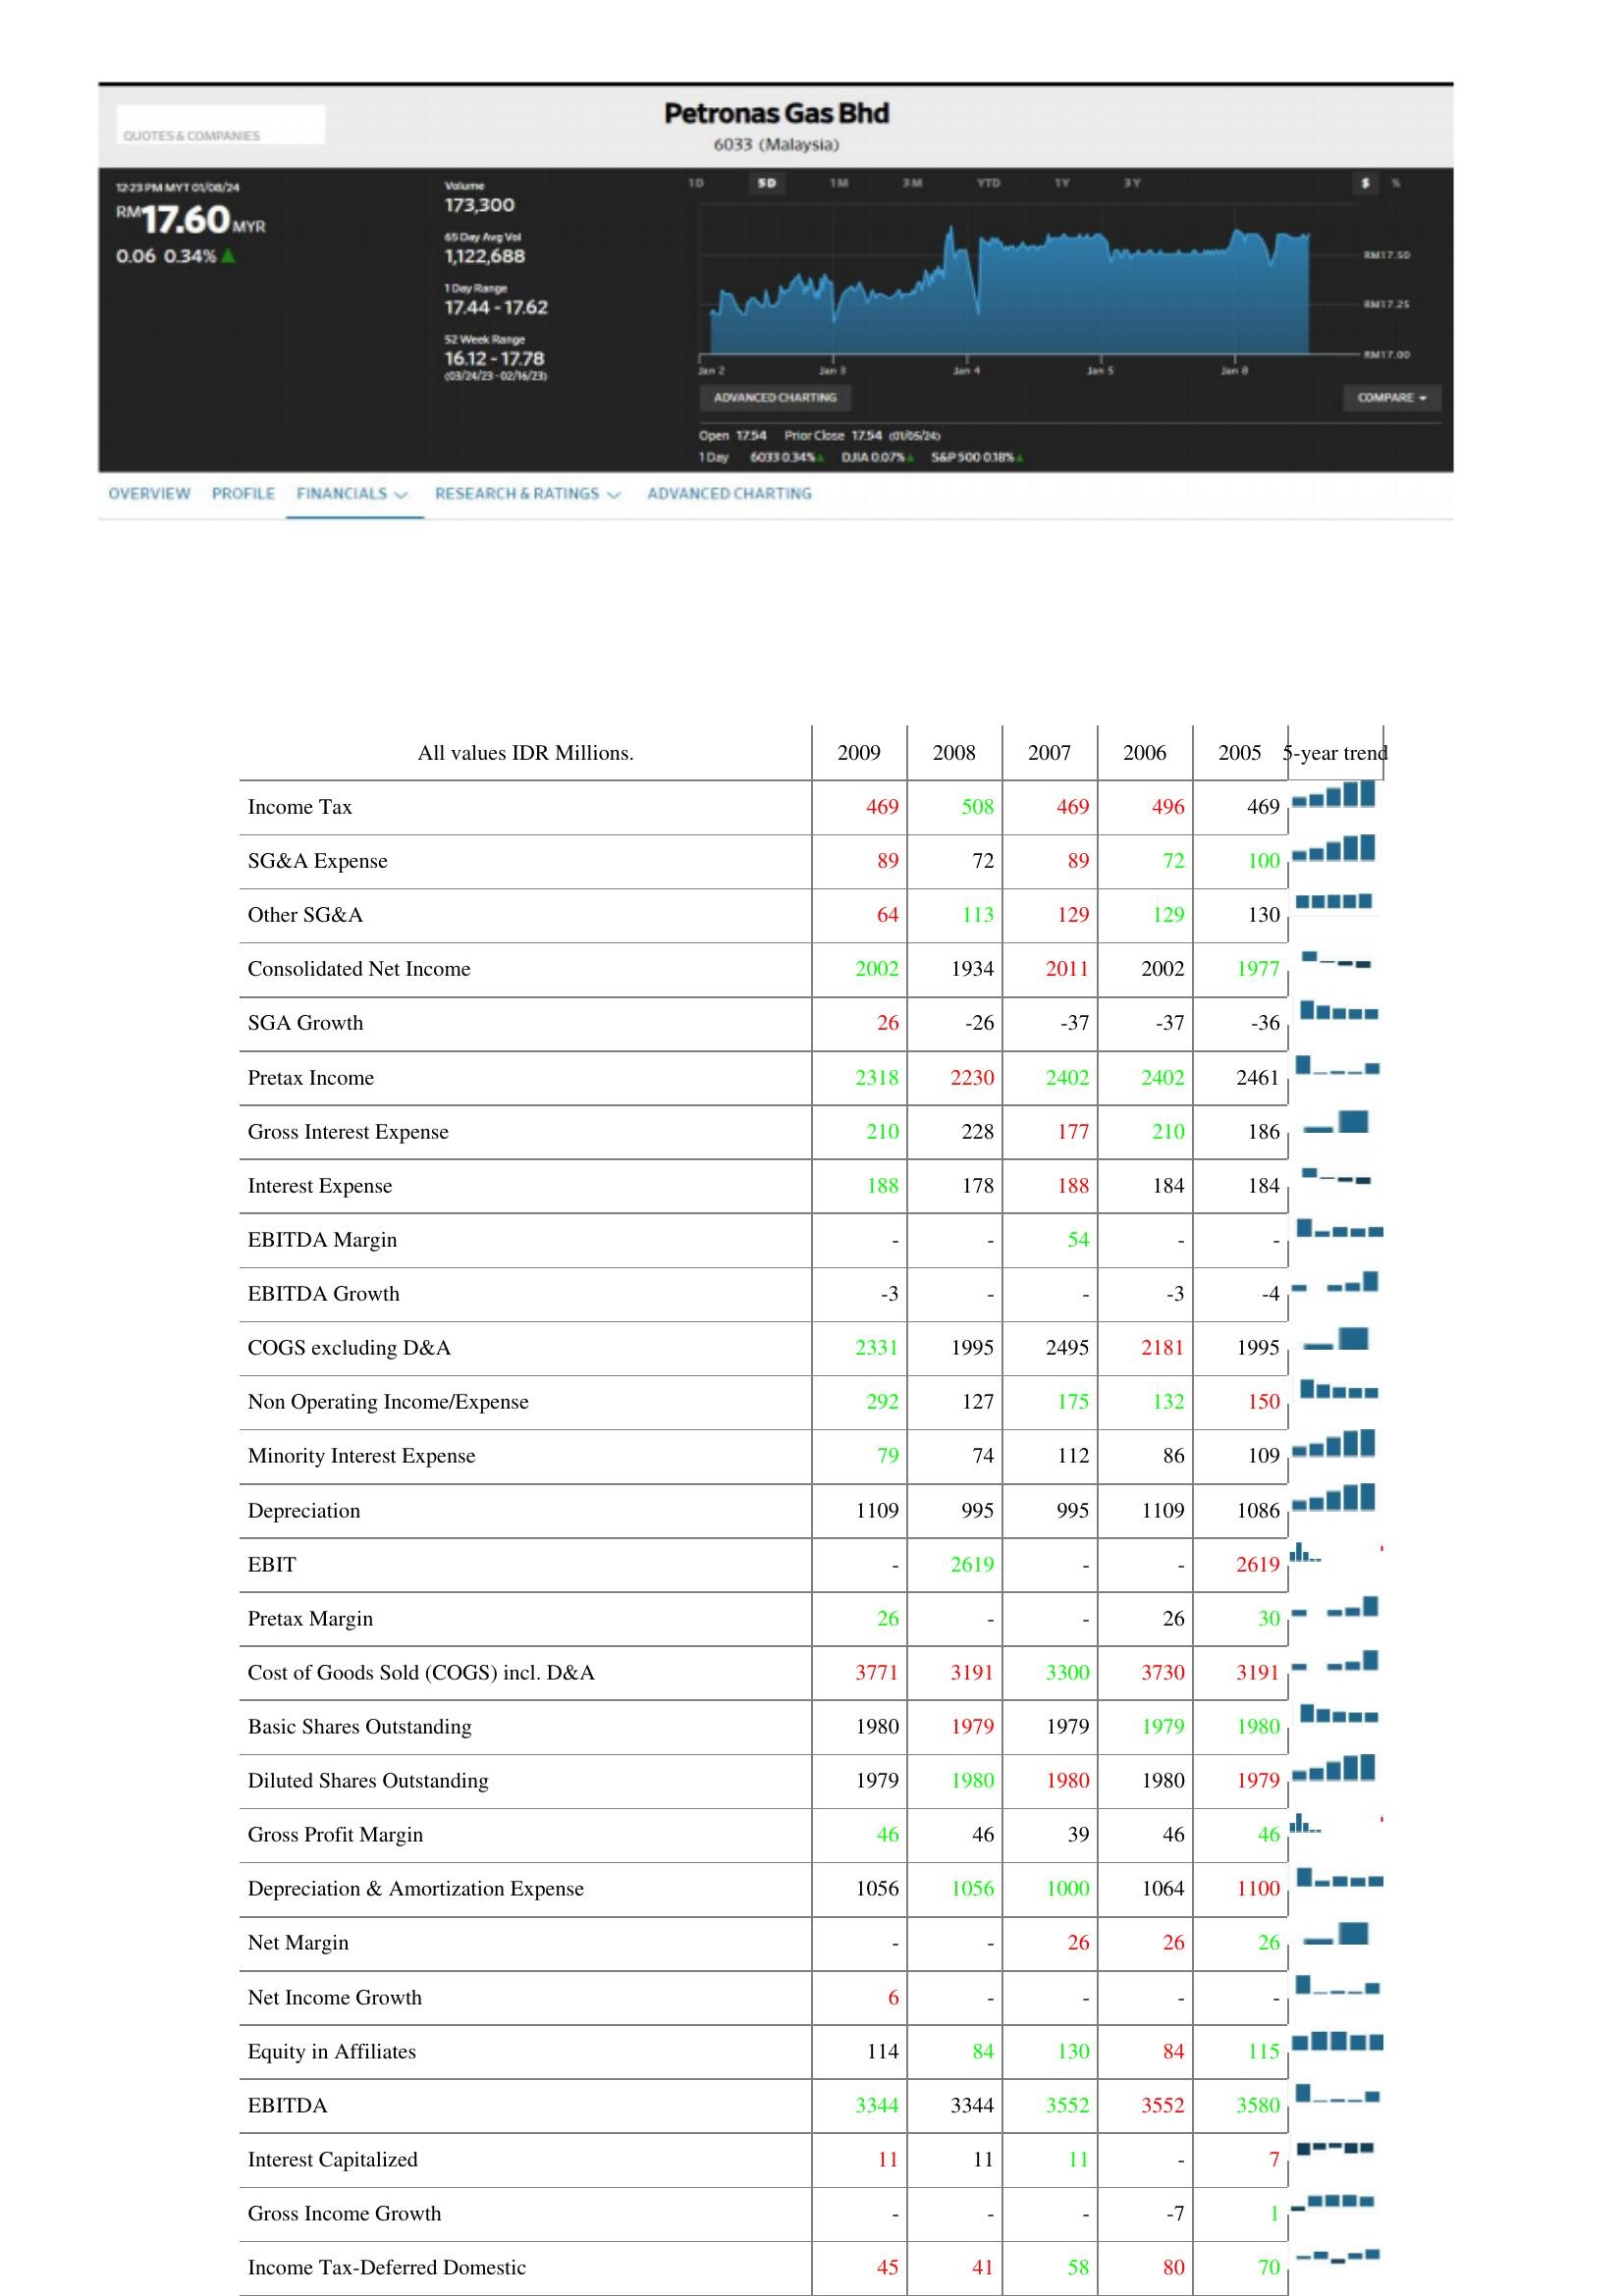
2009: : Income Tax: 469
SG&A Expense: 89
Other SG&A: 64
Consolidated Net Income: 2002
SGA Growth: 26
Pretax Income: 2318
Gross Interest Expense: 210
Interest Expense: 188
EBITDA Margin: -
EBITDA Growth: -3
COGS excluding D&A: 2331
Non Operating Income/Expense: 292
Minority Interest Expense: 79
Depreciation: 1109
EBIT: -
Pretax Margin: 26
Cost of Goods Sold (COGS) incl. D&A: 3771
Basic Shares Outstanding: 1980
Diluted Shares Outstanding: 1979
Gross Profit Margin: 46
Depreciation & Amortization Expense: 1056
Net Margin: -
Net Income Growth: 6
Equity in Affiliates: 114
EBITDA: 3344
Interest Capitalized: 11
Gross Income Growth: -
Income Tax-Deferred Domestic: 45
2008: : Income Tax: 508
SG&A Expense: 72
Other SG&A: 113
Consolidated Net Income: 1934
SGA Growth: -26
Pretax Income: 2230
Gross Interest Expense: 228
Interest Expense: 178
EBITDA Margin: -
EBITDA Growth: -
COGS excluding D&A: 1995
Non Operating Income/Expense: 127
Minority Interest Expense: 74
Depreciation: 995
EBIT: 2619
Pretax Margin: -
Cost of Goods Sold (COGS) incl. D&A: 3191
Basic Shares Outstanding: 1979
Diluted Shares Outstanding: 1980
Gross Profit Margin: 46
Depreciation & Amortization Expense: 1056
Net Margin: -
Net Income Growth: -
Equity in Affiliates: 84
EBITDA: 3344
Interest Capitalized: 11
Gross Income Growth: -
Income Tax-Deferred Domestic: 41
2007: : Income Tax: 469
SG&A Expense: 89
Other SG&A: 129
Consolidated Net Income: 2011
SGA Growth: -37
Pretax Income: 2402
Gross Interest Expense: 177
Interest Expense: 188
EBITDA Margin: 54
EBITDA Growth: -
COGS excluding D&A: 2495
Non Operating Income/Expense: 175
Minority Interest Expense: 112
Depreciation: 995
EBIT: -
Pretax Margin: -
Cost of Goods Sold (COGS) incl. D&A: 3300
Basic Shares Outstanding: 1979
Diluted Shares Outstanding: 1980
Gross Profit Margin: 39
Depreciation & Amortization Expense: 1000
Net Margin: 26
Net Income Growth: -
Equity in Affiliates: 130
EBITDA: 3552
Interest Capitalized: 11
Gross Income Growth: -
Income Tax-Deferred Domestic: 58
2006: : Income Tax: 496
SG&A Expense: 72
Other SG&A: 129
Consolidated Net Income: 2002
SGA Growth: -37
Pretax Income: 2402
Gross Interest Expense: 210
Interest Expense: 184
EBITDA Margin: -
EBITDA Growth: -3
COGS excluding D&A: 2181
Non Operating Income/Expense: 132
Minority Interest Expense: 86
Depreciation: 1109
EBIT: -
Pretax Margin: 26
Cost of Goods Sold (COGS) incl. D&A: 3730
Basic Shares Outstanding: 1979
Diluted Shares Outstanding: 1980
Gross Profit Margin: 46
Depreciation & Amortization Expense: 1064
Net Margin: 26
Net Income Growth: -
Equity in Affiliates: 84
EBITDA: 3552
Interest Capitalized: -
Gross Income Growth: -7
Income Tax-Deferred Domestic: 80
2005: : Income Tax: 469
SG&A Expense: 100
Other SG&A: 130
Consolidated Net Income: 1977
SGA Growth: -36
Pretax Income: 2461
Gross Interest Expense: 186
Interest Expense: 184
EBITDA Margin: -
EBITDA Growth: -4
COGS excluding D&A: 1995
Non Operating Income/Expense: 150
Minority Interest Expense: 109
Depreciation: 1086
EBIT: 2619
Pretax Margin: 30
Cost of Goods Sold (COGS) incl. D&A: 3191
Basic Shares Outstanding: 1980
Diluted Shares Outstanding: 1979
Gross Profit Margin: 46
Depreciation & Amortization Expense: 1100
Net Margin: 26
Net Income Growth: -
Equity in Affiliates: 115
EBITDA: 3580
Interest Capitalized: 7
Gross Income Growth: 1
Income Tax-Deferred Domestic: 70